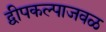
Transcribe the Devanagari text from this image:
द्वीपकल्पाजवळ